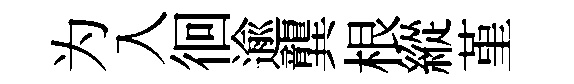
为入徊逾龔根縱堇